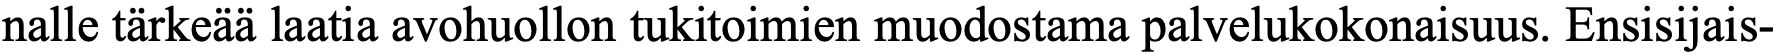
nalle tärkeää laatia avohuollon tukitoimien muodostama palvelukokonaisuus. Ensisijais-